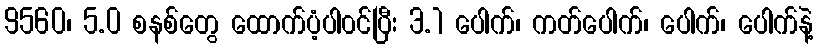
9560၊ 5.0 စနစ်တွေ ထောက်ပံ့ပါ၀င်ပြီး 3.1 ပေါက်၊ ကတ်ပေါက်၊ ပေါက်၊ ပေါက်နဲ့